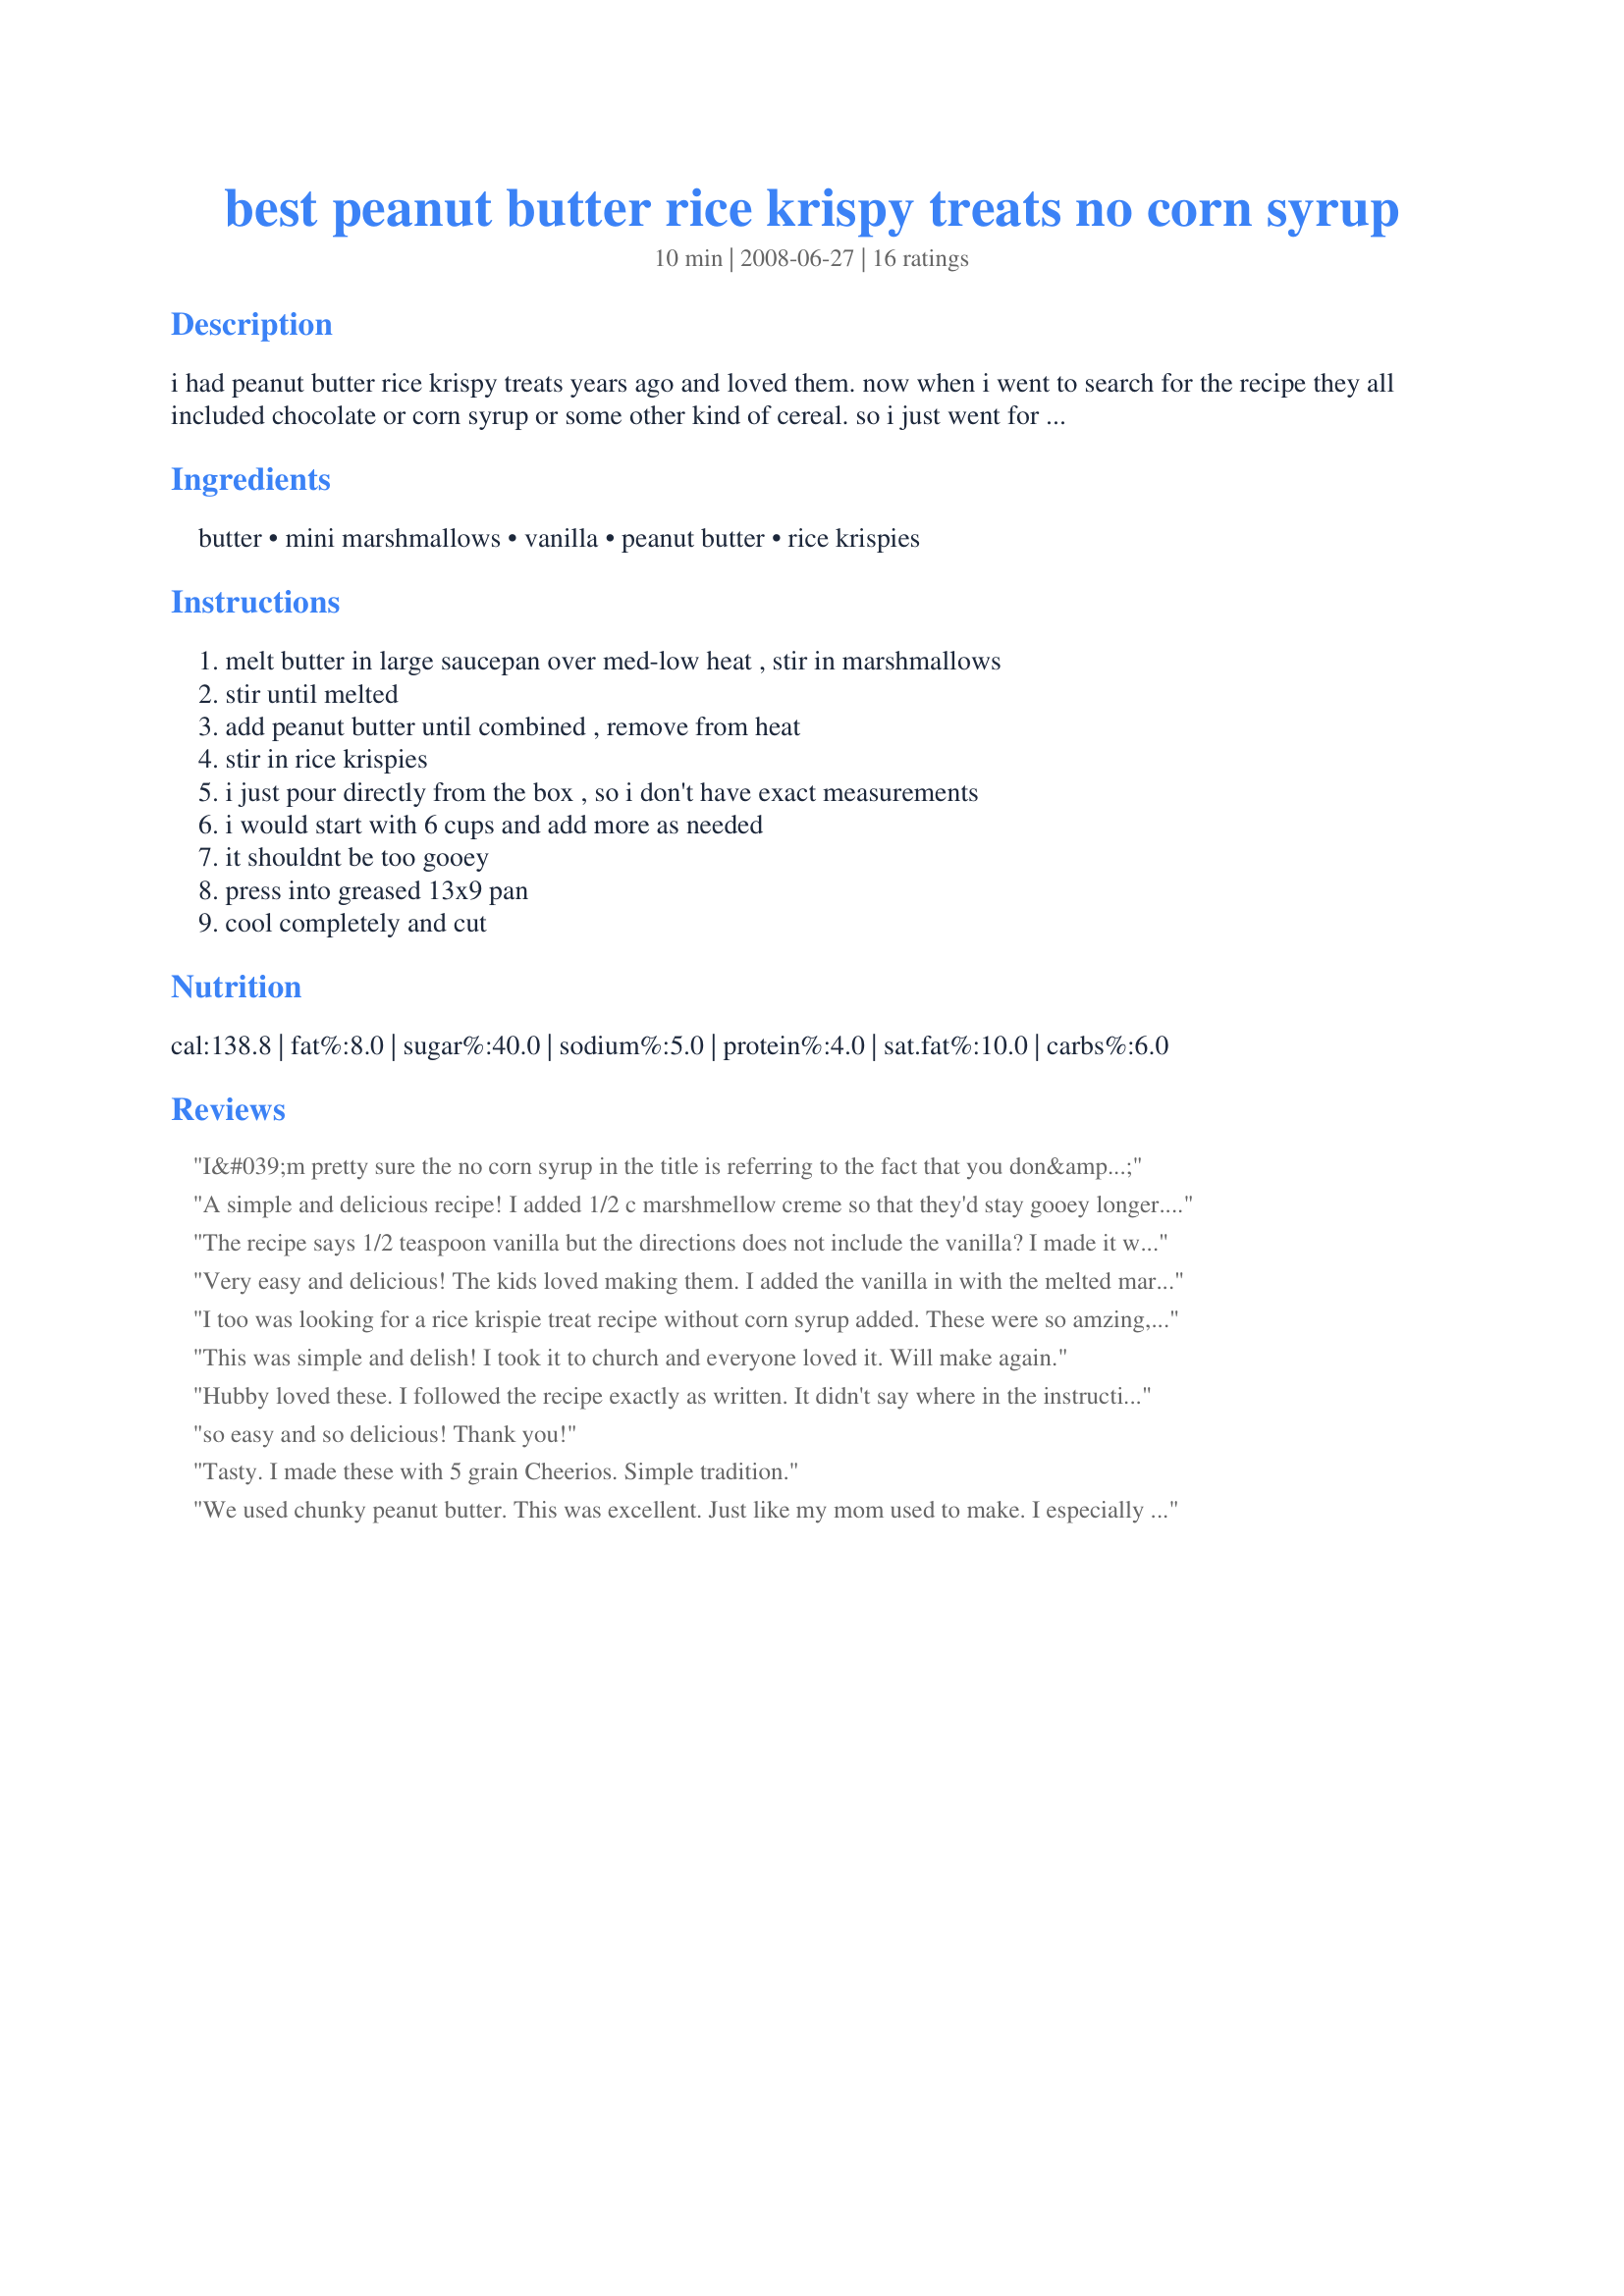
best peanut butter rice krispy treats no corn syrup
Preparation time: 10 minutes

i had peanut butter rice krispy treats years ago and loved them. now when i went to search for the recipe they all included chocolate or corn syrup or some other kind of cereal. so i just went for it, and they came out perfect, just how i remembered them :) very popular with kids!

Ingredients:
butter, mini marshmallows, vanilla, peanut butter, rice krispies

Steps:
melt butter in large saucepan over med-low heat , stir in marshmallows, stir until melted, add peanut butter until combined , remove from heat, stir in rice krispies, i just pour directly from the box , so i don't have exact measurements, i would start with 6 cups and add more as needed, it shouldnt be too gooey, press into greased 13x9 pan, cool completely and cut

Reviews:
I&#039;m pretty sure the no corn syrup in the title is referring to the fact that you don&#039;t have to add Karo syrup and not that the marshmallows don&#039;t have corn syrup.
A simple and delicious recipe! I added 1/2 c marshmellow creme so that they'd stay gooey longer. MMMmmm
The recipe says 1/2 teaspoon vanilla but the directions does not include the vanilla? I made it without the vanilla and tweaked it according to myself and my kids taste buds and it turned out great.
Very easy and delicious! The kids loved making them. I added the vanilla in with the melted marshmallows. Thank you!
I too was looking for a rice krispie treat recipe without corn syrup added. These were so amzing, but now I realize why all those other wimpy chefs use corn syrup: I broke my plastic spoon and my bicep in my right arm is "popeye-esque" after trying to stir these dern things. Whew what a work out, but the real marshmellow taste with the peanut butter totally makes up for the hard labor. 

Also, word to the wise, I only had the giant marshmellows, and they took so long to melt, I nearly burned them in the bottom of my pot. Newmama knows what she's doing- go for the small ones!
This was simple and delish! I took it to church and everyone loved it. Will make again.
Hubby loved these. I followed the recipe exactly as written. It didn't say where in the instructions to add the vanilla so I added it when I added the peanut butter. I also used Skippy Natural peanut butter. I used six cups of rice krispies but next time, I would cut them back a bit as I like them a bit more gooey.
so easy and so delicious! Thank you!
Tasty. I made these with 5 grain Cheerios. Simple tradition.
We used chunky peanut butter. This was excellent. Just like my mom used to make. I especially like the lack of corn syrup. Makes it not too sweet but just right. I should have melted some chocolate chips on top like my mom did but it was too good to wait for such a step to be done. Yummmmmmm.
Delicious! They mixed together so easily and I added a few reese's pieces to the cereal mix. I have never liked rice krispy treats much, but these definitely changed my opinion. I used 7 cups of cereal and that was just enough to make a mixture that wasn't too gooey. I will definitely make these again!
My husband really liked these! I used closer to 3/4 cup of Pb to use up my jar. But it still worked perfectly. Thanks!
FYI... marshmallows contain corn syrup...
Mmmmmm - just like I remember! Until I had a bite, I had forgotten that I used to have a baby-sitter who made these all the time and served with orange tang. The memories!!! It's nice to have a quick treat that's just a tad bit different than the average rice krispy treat.
Great recipe! I would suggest doubling it if you like thicker rice krispies like I do! Otherwise, everything worked out wonderfully. Can't wait to serve these to my guests tomorrow.
These were great. Just like the ones I remember eating as a kid. I mixed the peanut butter in with the butter and marshmallows and stirred the vanilla in after they were melted. I thought maybe that was how it was supposed to be because the vanilla wasn't included in the directions and I wanted the peanut butter to melt. I will make these all the time. Thanks for posting.
